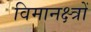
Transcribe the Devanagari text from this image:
विमानक्ष्त्रों